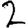
Digit: 2